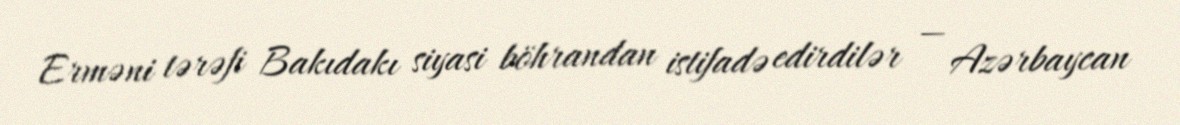
Erməni tərəfi Bakıdakı siyasi böhrandan istifadə edirdilər — Azərbaycan